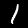
Digit: 1